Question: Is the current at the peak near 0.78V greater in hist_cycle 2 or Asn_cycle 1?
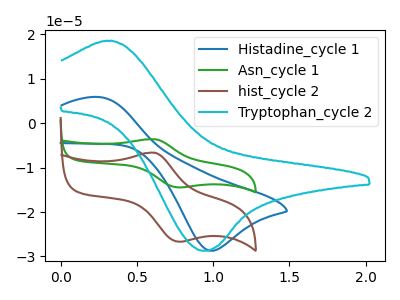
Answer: <think>The blue curve "Histadine_cycle 1" has an anodic peak at (0.25V, 5.95uA) and a cathodic peak at (1.00V, -28.70uA). The green curve "Asn_cycle 1" has an anodic peak at (0.60V, -3.60uA) and a cathodic peak at (0.80V, -14.45uA). The brown curve "hist_cycle 2" has an anodic peak at (0.60V, -6.65uA) and a cathodic peak at (0.80V, -26.65uA). The cyan curve "Tryptophan_cycle 2" has an anodic peak at (0.30V, 18.60uA) and a cathodic peak at (0.95V, -28.70uA).</think>
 <answer>The peak at 0.78V is higher in "hist_cycle 2" than in "Asn_cycle 1".</answer>
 <eval>higher</eval>